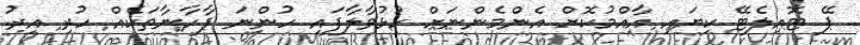
ޕޭ ޓޮއިލެޓޭ ކިޔައި އާއްމުކޮށް އެންމެންނަށް ހުޅުވާލާފައި ހުންނަ ފާހާނާތަކެއް ހުރި އިރު